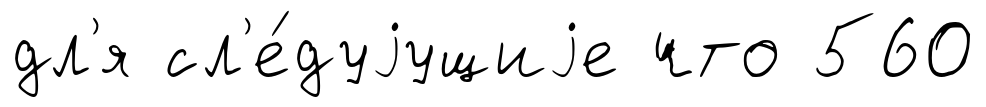
дл'я сл'е́дуjущиjе что 560